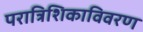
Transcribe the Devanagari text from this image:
परात्रिशिकाविवरण